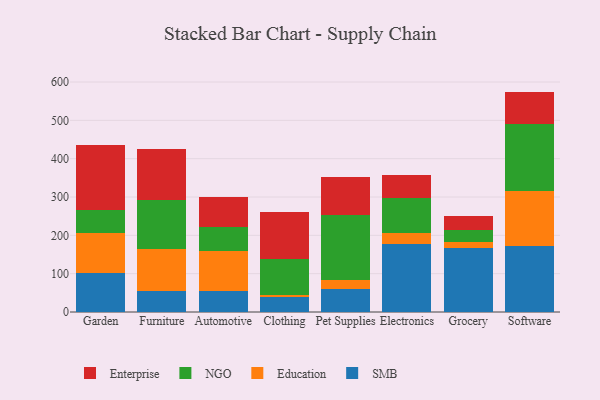
{"axis": {"x": "Category", "y": "Temperature (°C)"}, "legend": ["Education", "Enterprise", "NGO", "SMB"], "data": [{"x": "Garden", "y": 101.1, "type": "SMB"}, {"x": "Garden", "y": 105.8, "type": "Education"}, {"x": "Garden", "y": 58.8, "type": "NGO"}, {"x": "Garden", "y": 171.2, "type": "Enterprise"}, {"x": "Furniture", "y": 55.9, "type": "SMB"}, {"x": "Furniture", "y": 107.9, "type": "Education"}, {"x": "Furniture", "y": 128.4, "type": "NGO"}, {"x": "Furniture", "y": 133.2, "type": "Enterprise"}, {"x": "Automotive", "y": 55.3, "type": "SMB"}, {"x": "Automotive", "y": 103.3, "type": "Education"}, {"x": "Automotive", "y": 62.2, "type": "NGO"}, {"x": "Automotive", "y": 79.0, "type": "Enterprise"}, {"x": "Clothing", "y": 37.9, "type": "SMB"}, {"x": "Clothing", "y": 6.5, "type": "Education"}, {"x": "Clothing", "y": 92.7, "type": "NGO"}, {"x": "Clothing", "y": 123.6, "type": "Enterprise"}, {"x": "Pet Supplies", "y": 60.3, "type": "SMB"}, {"x": "Pet Supplies", "y": 23.8, "type": "Education"}, {"x": "Pet Supplies", "y": 169.5, "type": "NGO"}, {"x": "Pet Supplies", "y": 97.4, "type": "Enterprise"}, {"x": "Electronics", "y": 177.0, "type": "SMB"}, {"x": "Electronics", "y": 28.3, "type": "Education"}, {"x": "Electronics", "y": 91.6, "type": "NGO"}, {"x": "Electronics", "y": 60.0, "type": "Enterprise"}, {"x": "Grocery", "y": 167.5, "type": "SMB"}, {"x": "Grocery", "y": 15.0, "type": "Education"}, {"x": "Grocery", "y": 32.2, "type": "NGO"}, {"x": "Grocery", "y": 36.0, "type": "Enterprise"}, {"x": "Software", "y": 170.9, "type": "SMB"}, {"x": "Software", "y": 143.7, "type": "Education"}, {"x": "Software", "y": 175.8, "type": "NGO"}, {"x": "Software", "y": 84.6, "type": "Enterprise"}]}